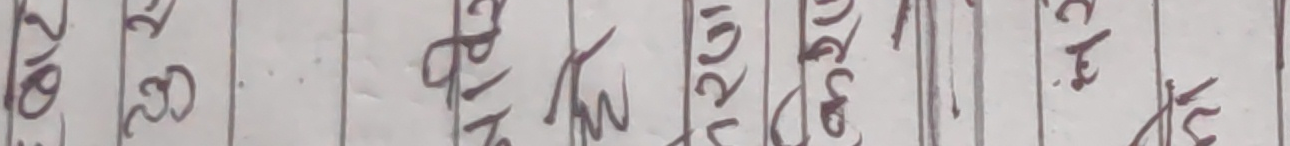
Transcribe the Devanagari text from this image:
२००३ को